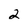
Character: 2